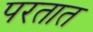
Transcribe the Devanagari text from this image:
परतात